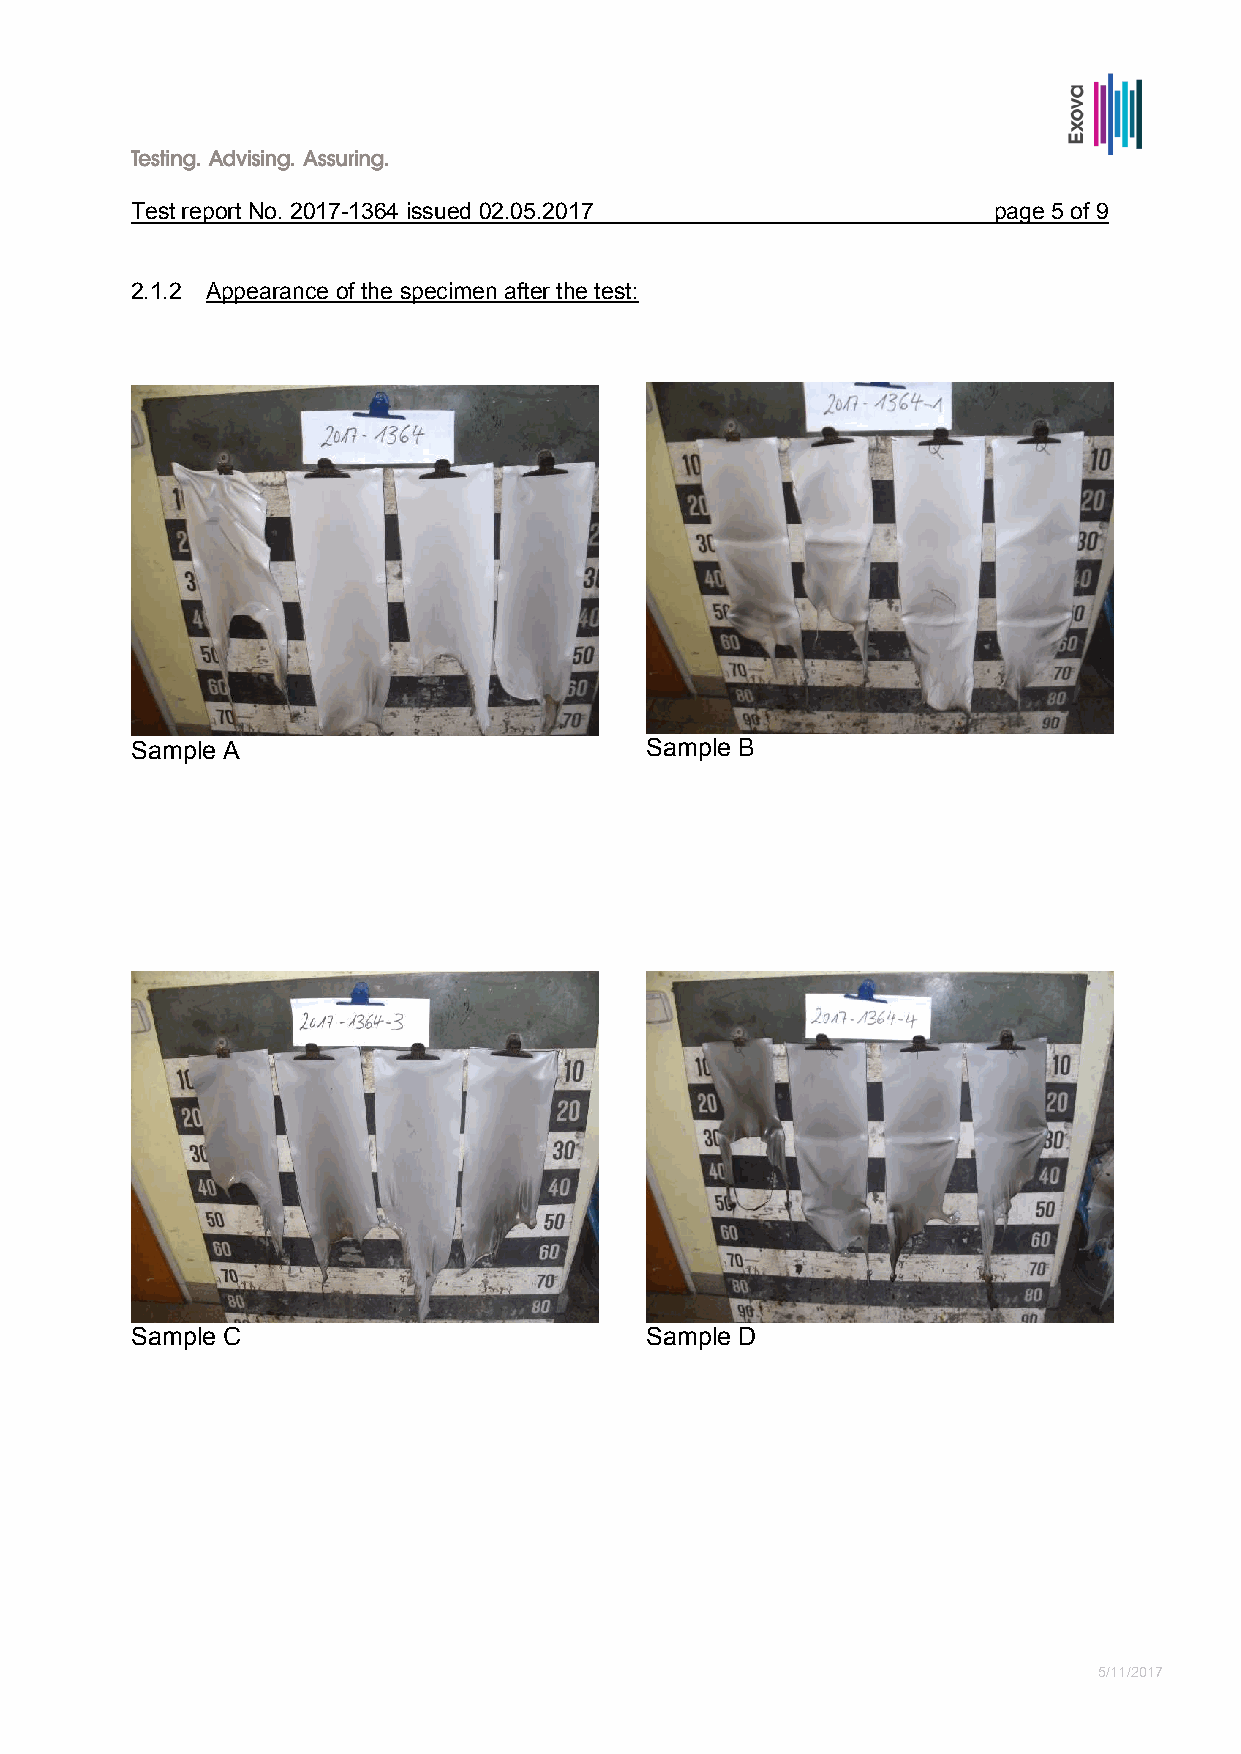
Test report No. 2017-1364 issued 02.05.2017              page 5 of 9
 2.1.2 Appearance of the specimen after the test:
 Sample A                          Sample B
 Sample C                          Sample D
 5/11/2017